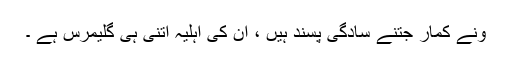
ونے کمار جتنے سادگی پسند ہیں ، ان کی اہلیہ اتنی ہی گلیمرس ہے ۔